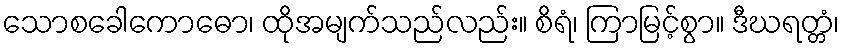
သောစခေါကောဓော၊ ထိုအမျက်သည်လည်း။ စိရံ၊ ကြာမြင့်စွာ။ ဒီဃရတ္တံ၊